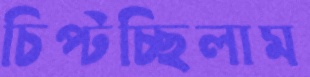
চিপ্‌টচ্ছিলাম